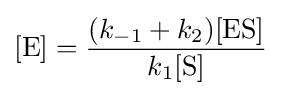
[{\ce {E}}]={\frac {(k_{-1}+k_{2})[{\mathrm {ES} }]}{k_{1}[{\ce {S}}]}}